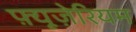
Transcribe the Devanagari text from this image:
फ़्यूज़ेरियम